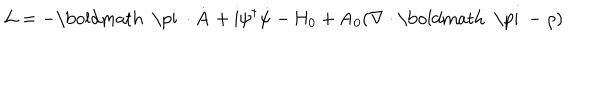
{ \cal L } = - \mathrm { \boldmath ~ \ p i ~ } \bf \cdot \dot { A } \mathrm { + i \ p s i ^ { \dagger } \dot { \ p s i } - H _ { 0 } + A _ { 0 } ( \nabla \cdot \mathrm { \boldmath ~ \ p i ~ } - \ r h o ) }